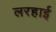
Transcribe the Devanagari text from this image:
लरहाई